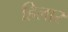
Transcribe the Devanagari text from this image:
हिलार